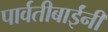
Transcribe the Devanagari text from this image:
पार्वतीबाईंनी